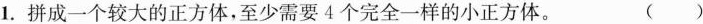
1. 拼成一个较大的正方体，至少需要4个完全一样的小正方体。（ ）